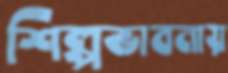
শিল্পভাবনায়